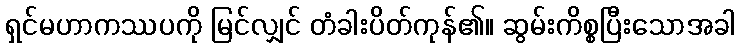
ရှင်မဟာကဿပကို မြင်လျှင် တံခါးပိတ်ကုန်၏။ ဆွမ်းကိစ္စပြီးသောအခါ